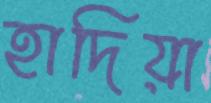
হাদিয়া